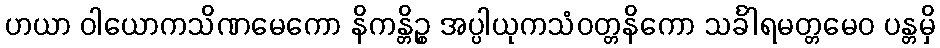
ဟယာ ဝါယောကသိဏမေကော နိကန္တိဉ္စ အပ္ပါယုကသံဝတ္တနိကော သင်္ခါရမတ္တမေဝ ပန္တမှိ